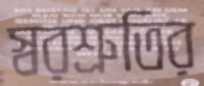
স্বরশ্রুতির